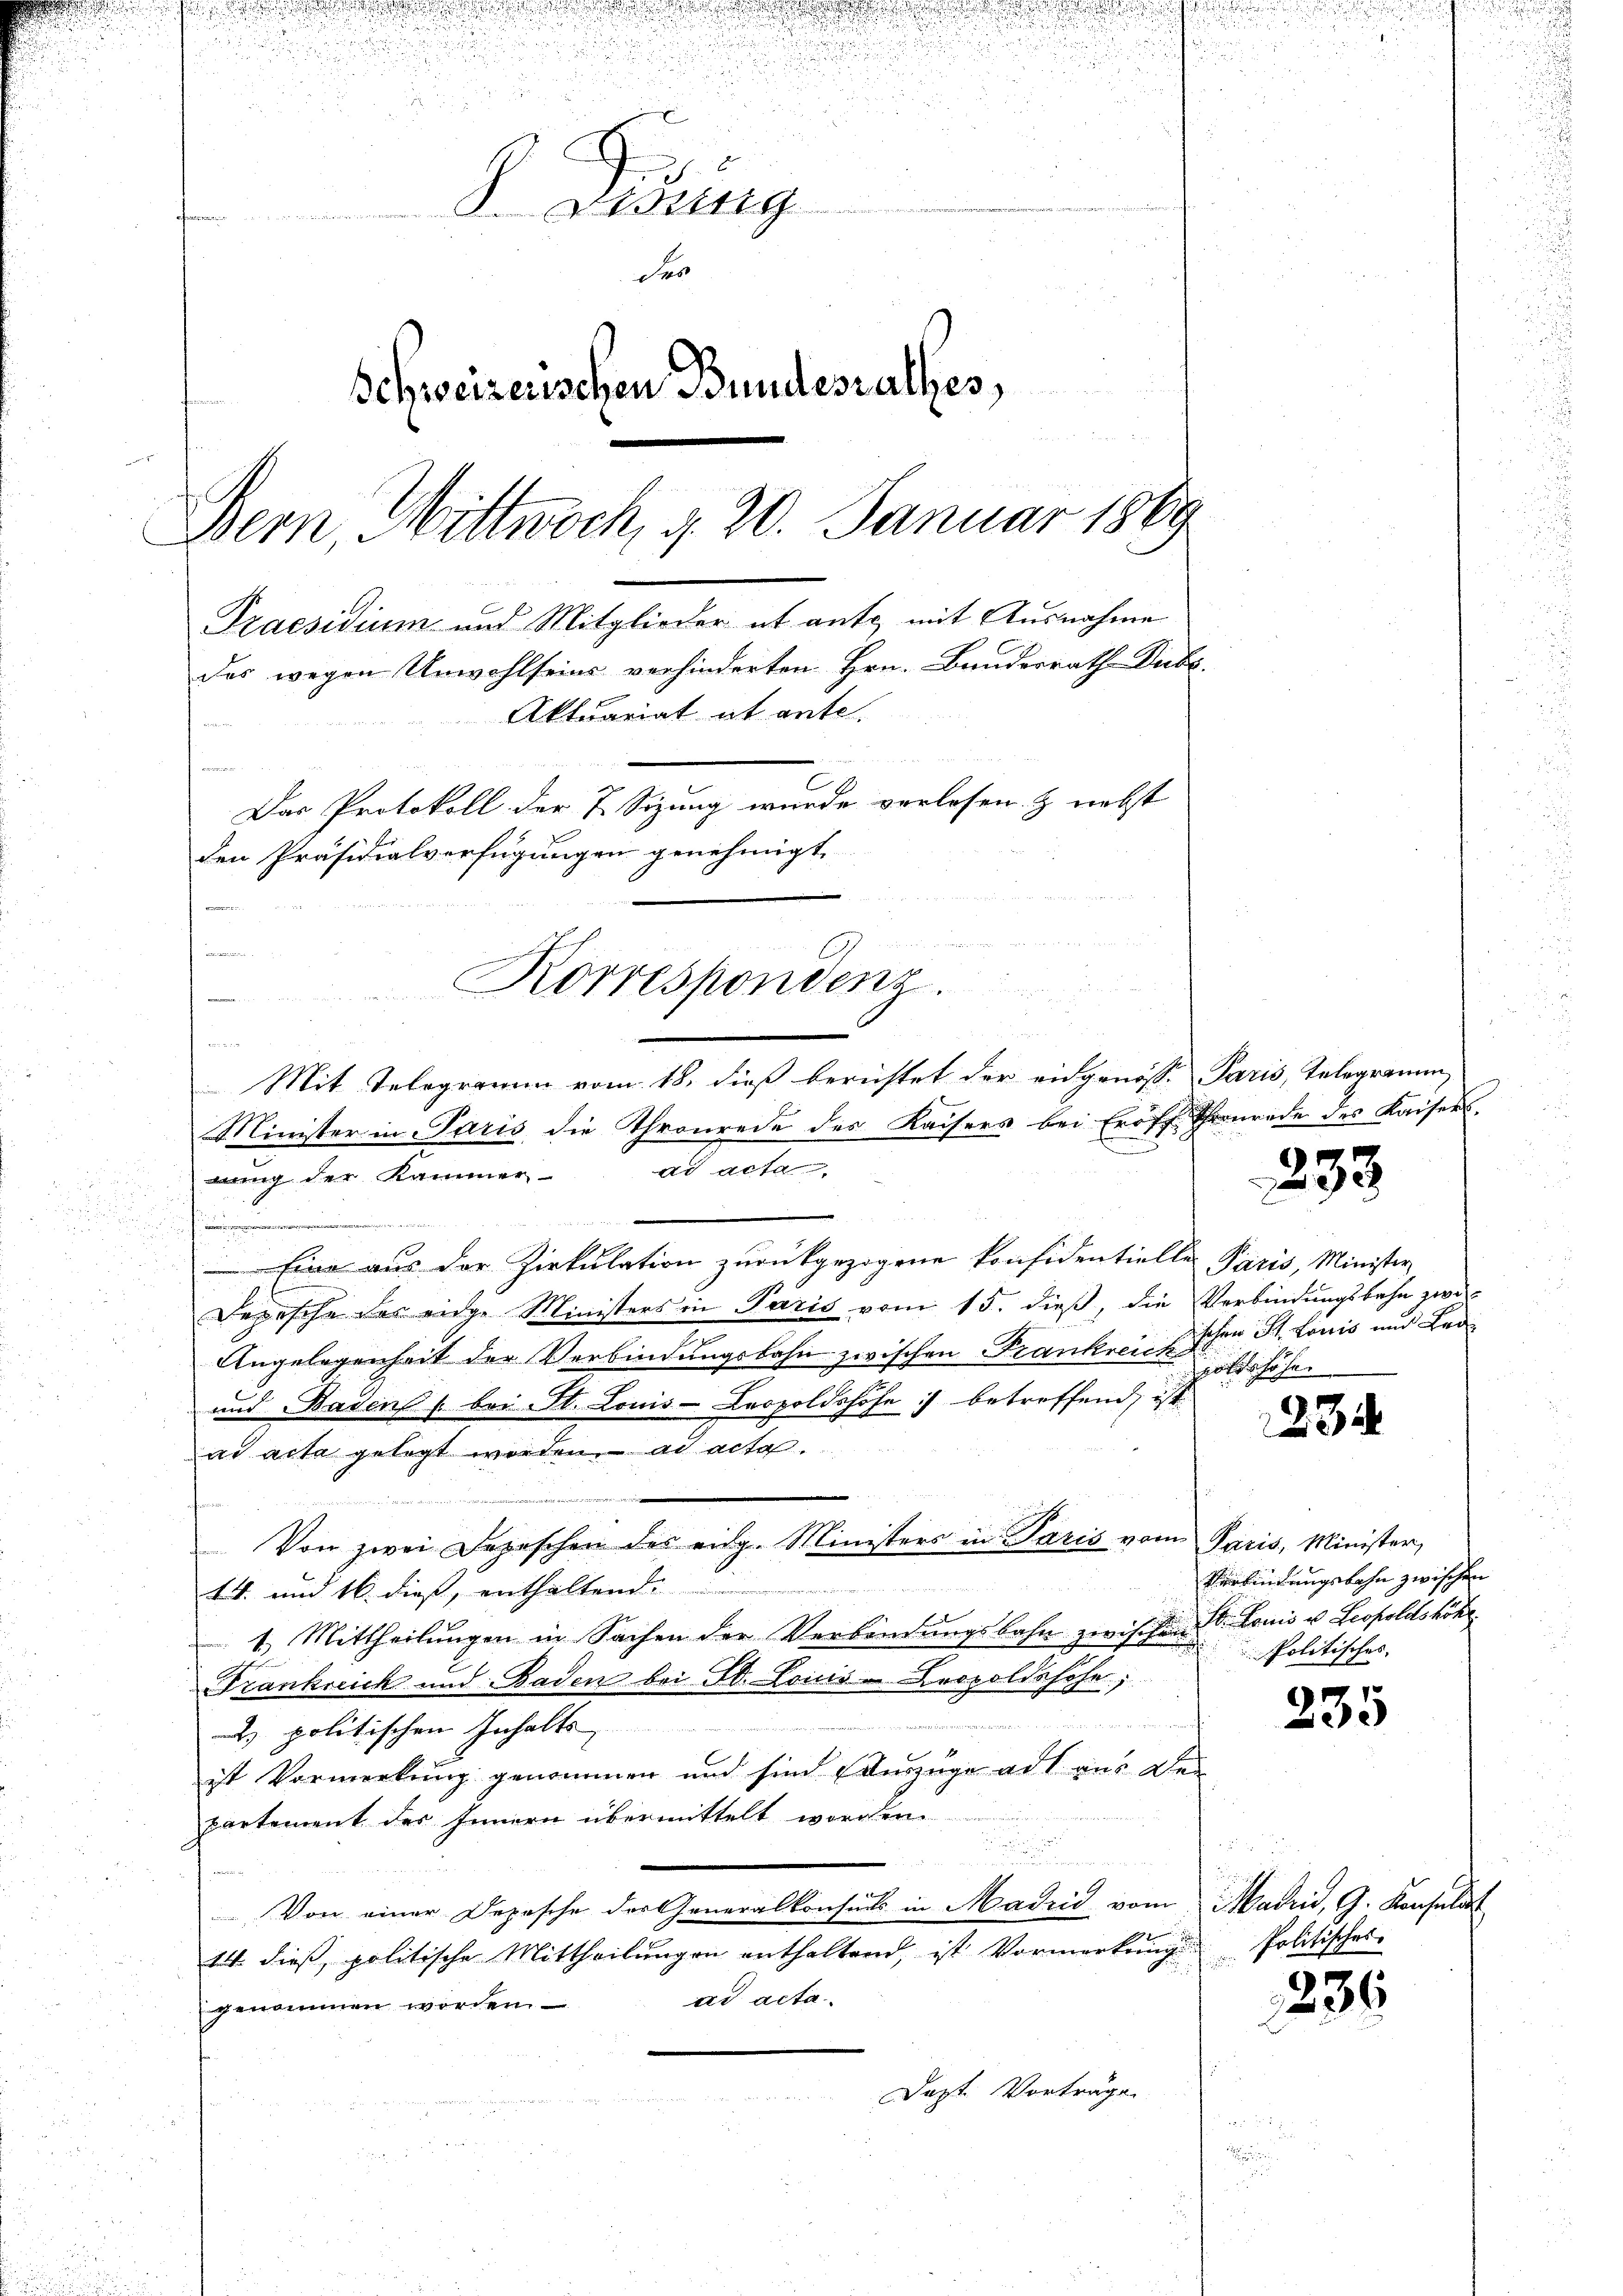
e

 552
d
S. Fisung

Der
Schweizerischen Bundesrathes,
Bern, Wittwoch, d. 20. Januar 1869
Praesidium und Mitglieder ab ante mit Ausnahme
das wegen Unwohlseins verhinderten Hrn. Banderrath Dubs.
Aktuariat ab ante
.
Das Protokoll der 7. Sizung wurde verlesen & nebst
den Präsidialverfügungen genehmigt,

d
e
ung der Kammer ad acta

 Eine aus der Zirkulation zurückgezogene Konsidentielle Paris, Minister
Depesche des eidge Ministers in Paris vom 15. dieß, die Verbindungsbahn zwi-
Angelegenheit der Verbindungsbahn zwischen Frankreisschen St. Louis und Lei¬
und Baden (bei St. Louis-Leopoldshöfe :/ betreffend, ist
ad acta gelegt worden, ad acta.
Von zwei Depeschen des eidg. Ministers in Paris vom Paris, Minister,
tt. und 16 dieß, enthaltend
1. Mittheilŭngen in Sachen der Verbindŭngsbahn zwischen Dr. Louis u. Leopoldshöhe
Frankreich und Baden bei St. Lois - Leopoldshofe;
 politischen Inhalts
ist Vormerkung genommen und sind deszüge ad aus des
partement des Innern übermittelt worden.
u
Von einer Depesche der Generalkonsuls in Madrid vom Madri, G. Konsulat
1
14. dieβ politische Mittheilŭngen enthaltend, ist Vormerkŭng Politisches
ad acta
genommen worden
Dezt. Vorträge.

u

u
Korrespondenz.

Mit Telegramm vom 18. dieß berichtet der eidgenösse Paris, Telegramm
Minister in Paris, die Thronrede des Kaisers bei Eröff Thronrade des Kaiser.

233.

pottshöhen

23

Verbindungsbahn zwischen
Politisches.

235

236.